Madras plague regulations and rules for district municipalities and other towns and villages
Disease focus: Plague
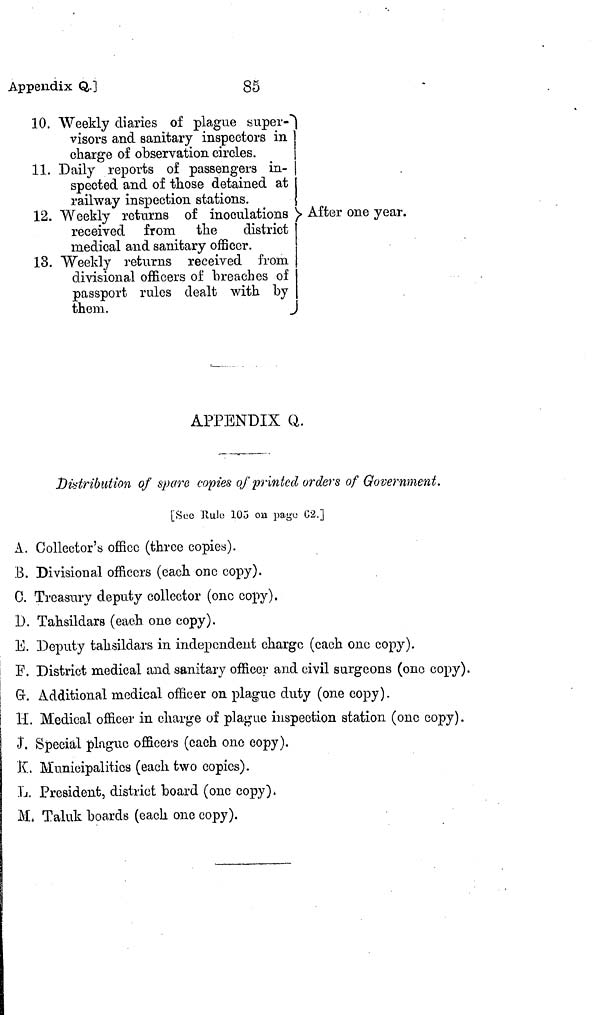
Appendix Q.]
85
10. Weekly diaries of plague super-
visors and sanitary inspectors in
charge of observation circles.
11. Daily reports of passengers in-
spected and of those detained at
railway inspection stations.
12. Weekly returns of inoculations
received from the
district
medical and sanitary officer.
13. Weekly returns received from
divisional officers of breaches of
passport rules dealt with by
them.
1
After one year.
APPENDIX Q.
Distribution of spare copies of printed orders of Government.
[See Rule 105 on page 62.]
A. Collector's office (three copies).
B. Divisional officers (each one copy).
C. Treasury deputy collector (one copy).
D. Tahsildars (each one copy).
E. Deputy tahsildars in independent charge (each one copy).
F. District medical and sanitary officer and civil surgeons (one copy).
G. Additional medical officer on plague duty (one copy).
H. Medical officer in charge of plague inspection station (one copy).
J. Special plague officers (each one copy).
K. Municipalities (each two copies).
L. President, district board (one copy).
M. Taluk boards (each one copy).